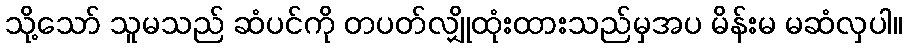
သို့သော် သူမသည် ဆံပင်ကို တပတ်လျှိုထုံးထားသည်မှအပ မိန်းမ မဆံလှပါ။